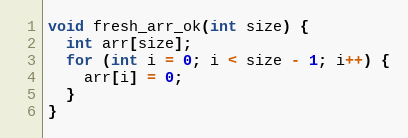
Language: C
void fresh_arr_ok(int size) {
  int arr[size];
  for (int i = 0; i < size - 1; i++) {
    arr[i] = 0;
  }
}